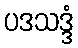
ပဒသဒ္ဒံ